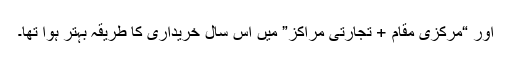
اور “مرکزی مقام + تجارتی مراکز” میں اس سال خریداری کا طریقہ بہتر ہوا تھا۔